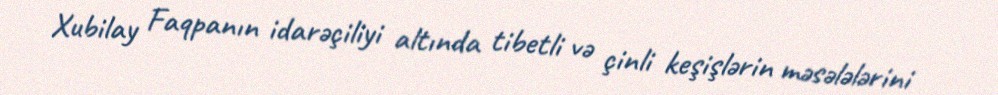
Xubilay Faqpanın idarəçiliyi altında tibetli və çinli keşişlərin məsələlərini